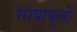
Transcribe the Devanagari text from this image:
भाषाकुळे